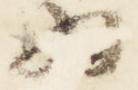
為